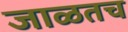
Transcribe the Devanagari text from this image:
जाळतच